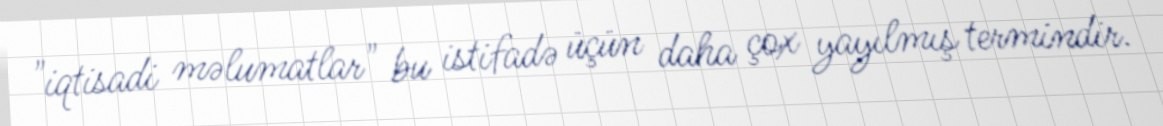
"iqtisadi məlumatlar" bu istifadə üçün daha çox yayılmış termindir.